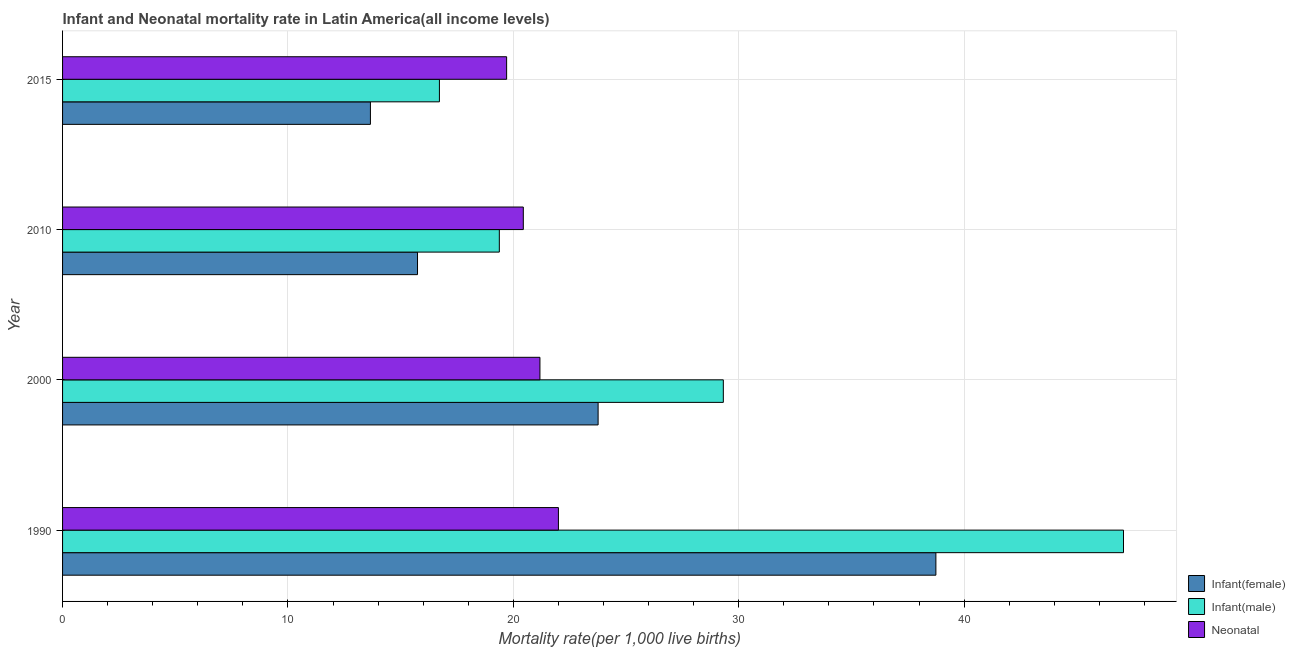
| Year | Infant(female) | Infant(male) | Neonatal  |
 | --- | --- | --- | --- |
 | 1990 | 38.7 | 47.1 | 22 |
 | 2000 | 23.8 | 29.3 | 21.2 |
 | 2010 | 15.7 | 19.4 | 20.4 |
 | 2015 | 13.7 | 16.7 | 19.7 |